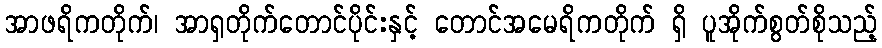
အာဖရိကတိုက်၊ အာရှတိုက်တောင်ပိုင်းနှင့် တောင်အမေရိကတိုက် ရှိ ပူအိုက်စွတ်စိုသည့်